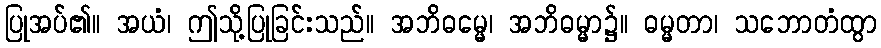
ပြုအပ်၏။ အယံ၊ ဤသို့ပြုခြင်းသည်။ အဘိဓမ္မေ၊ အဘိဓမ္မာ၌။ ဓမ္မတာ၊ သဘောတံထွာ